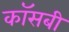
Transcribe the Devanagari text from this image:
कॉसबी